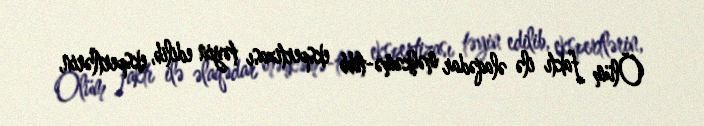
Ölüm faktı ilə əlaqədar məhkəmə-tibb ekspertizası təyin edilib, ekspertlərin,